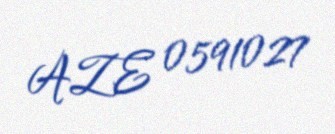
AZE 0591027